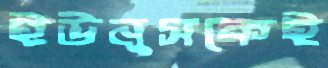
ইউনুসকেই